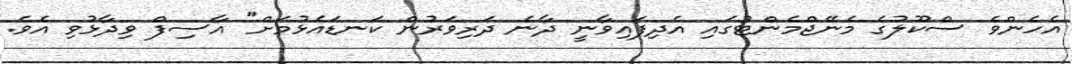
އެހެންވެ ސްކޫލުގެ މެނޭޖްމެންޓުގައި އެދިފައިވާނީ ދާނެ ދަރިވަރުން ކަނޑައެޅުމަށް" އާސިފް ވިދާޅުވި އެވެ.